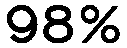
98%